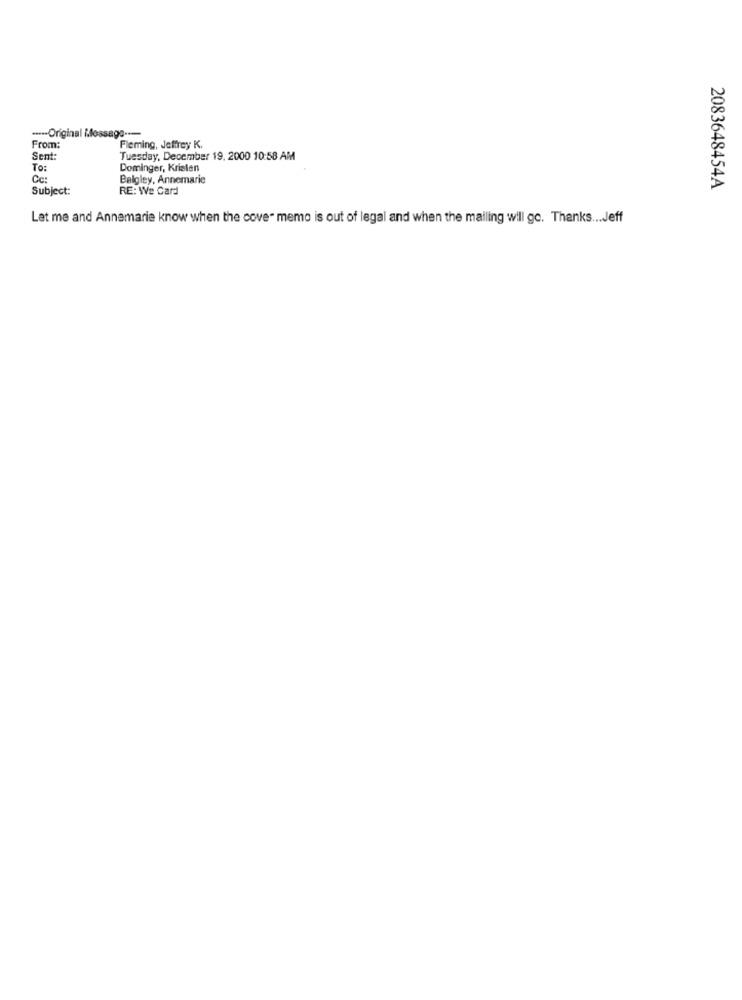
---- Original ilossage ---
From:
Fleming, Jeffrey K.
Sent:
Tuesday, December 19, 2000 10:58 AM
To:
Dominger, Krielen
Cc:
Belgley, Annemarie
Subject:
RE: We Card
2083648454A
Let me and Annemarie know when the cove" memo is out of legal and when the mailing will go. Thanks ... Jeff